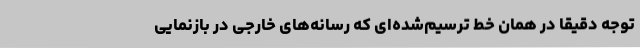
توجه دقیقاً در همان خط ترسیم‌شده‌ای که رسانه‌های خارجی در بازنمایی